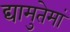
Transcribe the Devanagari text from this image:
द्यामुतेमां